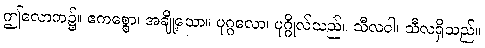
ဤလောက၌။ ဧကစ္စော၊ အချို့သော။ ပုဂ္ဂလော၊ ပုဂ္ဂိုလ်သည်။ သီလဝါ၊ သီလရှိသည်။